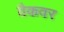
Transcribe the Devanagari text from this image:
वैकवर